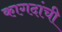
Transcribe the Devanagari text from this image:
कागदांची